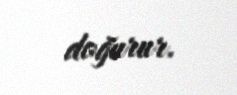
doğurur.